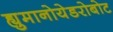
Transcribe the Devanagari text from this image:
ह्युमानोयेडरोबोट